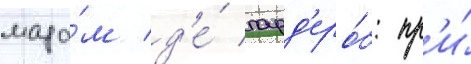
мада́м д'е́ гард'еро́б: пр'и́